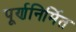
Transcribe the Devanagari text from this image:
पूर्णनिर्मित